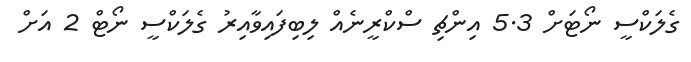
ގެލަކްސީ ނޯޓަށް 5.3 އިންޗި ސްކްރީނެއް ލިބިފައިވާއިރު ގެލަކްސީ ނޯޓް 2 އަށް